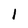
Character: 1